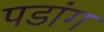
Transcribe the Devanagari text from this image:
पडांग